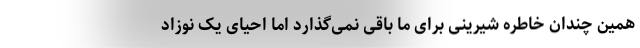
همین چندان خاطره شیرینی برای ما باقی نمی‌گذارد اما احیای یک نوزاد